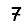
Digit: 7